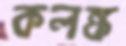
কলঙ্ক